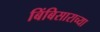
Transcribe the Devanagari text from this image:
बिंबिसाराच्या